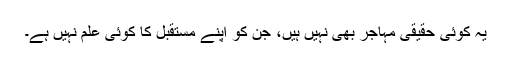
یہ کوئی حقیقی مہاجر بھی نہیں ہیں، جن کو اپنے مستقبل کا کوئی علم نہیں ہے۔